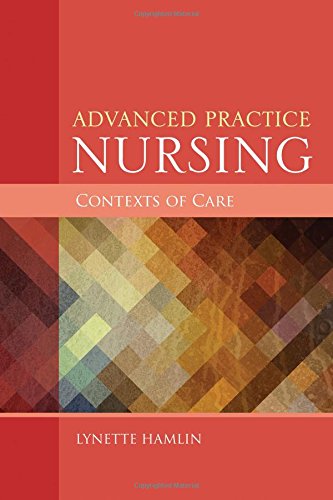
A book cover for Advanced Practice Nursing Contexts Of Care; Lynette Hamlin; Medical Books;